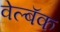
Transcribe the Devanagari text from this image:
वेल्बॅक